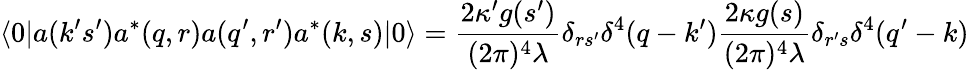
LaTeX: \langle 0|a(k^{\prime}s^{\prime})a^{*}(q,r)a(q^{\prime},r^{\prime})a^{*}(k,s)|0\rangle=\frac{2\kappa^{\prime}g(s^{\prime})}{(2\pi)^{4}\lambda}\delta_{rs^{\prime}}\delta^{4}(q-k^{\prime})\frac{2\kappa g(s)}{(2\pi)^{4}\lambda}\delta_{r^{\prime}s}\delta^{4}(q^{\prime}-k)